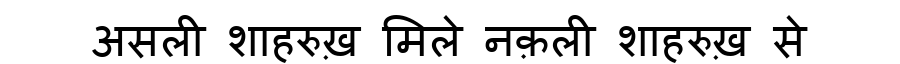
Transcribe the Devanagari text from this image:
असली शाहरुख़ मिले नक़ली शाहरुख़ से